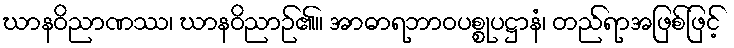
ဃာနဝိညာဏဿ၊ ဃာနဝိညာဉ်၏။ အာဓာရဘာဝပစ္စုပဋ္ဌာနံ၊ တည်ရာအဖြစ်ဖြင့်